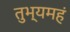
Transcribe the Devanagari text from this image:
तुभ्यमहं